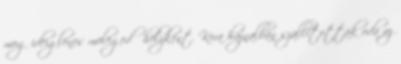
meg ideiglenes melegedő helyként. Kora hajnalban szállították oda az